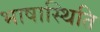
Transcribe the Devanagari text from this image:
भाषास्थिति